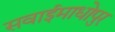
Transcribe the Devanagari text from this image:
सवाईमाधोपुर